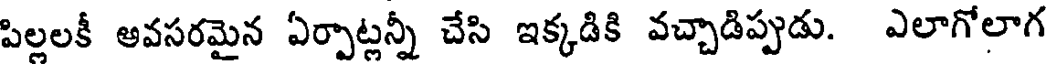
పిల్లలకీ అవసరమైన ఏర్పాట్లన్నీ చేసి ఇక్కడికి వచ్చాడిప్పుడు. ఎలాగోలాగ